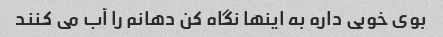
بوی خوبی داره به اینها نگاه کن دهانم را آب می کنند